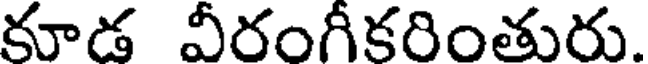
కూడ వీరంగీకరింతురు.